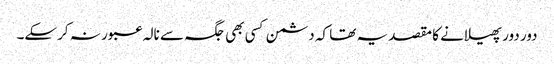
دور دور پھیلانے کا مقصد یہ تھا کہ دشمن کسی بھی جگہ سے نالہ عبور نہ کرسکے۔